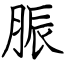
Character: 脤